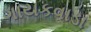
ગાયકવાડા